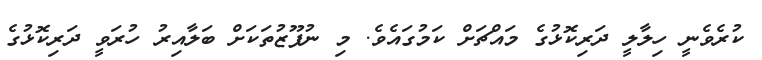
ކުރެވެނީ ހިލާލީ ދަރިކޮޅުގެ މައްޗަށް ކަމުގައެވެ. މި ނުފޫޒުތަކަށް ބަލާއިރު ހުރަވީ ދަރިކޮޅުގެ